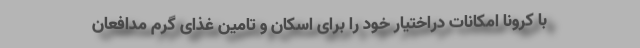
با کرونا امکانات دراختیار خود را برای اسکان و تامین غذای گرم مدافعان